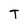
Character: T